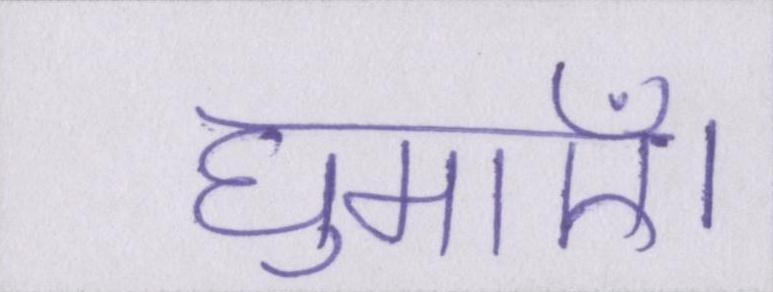
घुमाएँ।